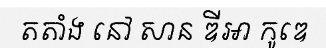
តតាំង នៅ សាន ឌីអា កូឌេ